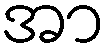
အာ